Annual report on the working of the lock hospitals in the North-Western Provinces and Oudh
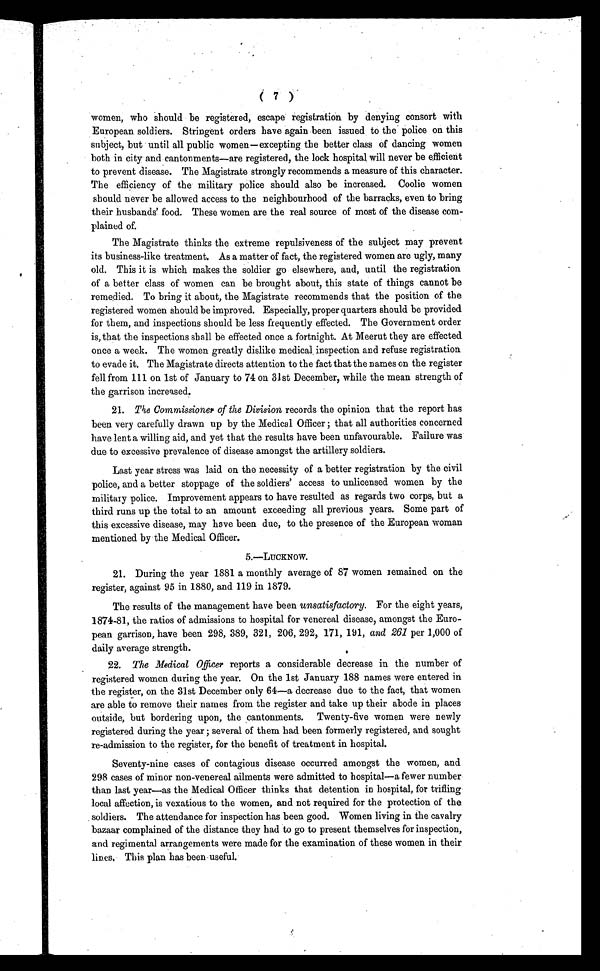
women, who should be registered, escape registration by denying consort with
E u r o p e a n s o l d i e r s . S t r i n g e n t o r d e r s h a v e a g a i n b e e n i s s u e d t o t h e p o l i c e o n t h i s
subject, but until all public women—excepting the better class of dancing women
both in city and cantonments—are registered, the lock hospital will never be efficient
to prevent disease. The Magistrate strongly recommends a measure of this character.
The efficiency of the military police should also be increased. Coolie women
should never be allowed access to the neighbourhood of the barracks, even to bring
their husbands' food. These women are the real source of most of the disease com-
plained of.
The Magistrate thinks the extreme repulsiveness of the subject may prevent
its business-like treatment. As a matter of fact, the registered women are ugly, many
old. This it is which makes the soldier go elsewhere, and, until the registration
of a better class of women can be brought about, this state of things cannot be
remedied. To bring it about, the Magistrate recommends that the position of the
registered women should be improved. Especially, proper quarters should be provided
for them, and inspections should be less frequently effected. The Government order
is, that the inspections shall be effected once a fortnight. At Meerut they are effected
once a week. The women greatly dislike medical inspection and refuse registration
to evade it. The Magistrate directs attention to the fact that the names on the register
fell from 111 on 1st of January to 74 on 31st December, while the mean strength of
the garrison increased.
21. T h e C o m m i s s i o n e r o f t h e D i v i s i o n r e c o r d s t h e o p i n i o n t h a t t h e r e p o r t h a s
been very carefully drawn up by the Medical Officer ; that all authorities concerned
have lent a willing aid, and yet that the results have been unfavourable. Failure was
due to excessive prevalence of disease amongst the artillery soldiers.
Last year stress was laid on the necessity of a better registration by the civil
police, and a better stoppage of the soldiers' access to unlicensed women by the
military police. Improvement appears to have resulted as regards two corps, but a
third runs up the total to an amount exceeding all previous years. Some part of
this excessive disease, may have been due, to the presence of the European woman
mentioned by the Medical Officer.
5.—LUCKNOW.
21. During the year 1881 a monthly average of 87 women remained on the
register, against 95 in 1880, and 119 in 1879.
The results of the management have been unsatisfactory. For the eight years,
1874-81, the ratios of admissions to hospital for venereal disease, amongst the Euro-
pean garrison, have been 298, 389, 321, 206, 292, 171, 191, and 261 per 1,000 of
daily average strength.
22. The Medical Officer reports a considerable decrease in the number of
registered women during the year. On the 1st January 188 names were entered in
the register, on the 31st December only 61—a decrease due to the fact, that women
are able to remove their names from the register and take up their abode in places
outside, but bordering upon, the cantonments. Twenty-five women were newly
registered during the year ; several of them had been formerly registered, and sought
re-admission to the register, for the benefit of treatment in hospital.
Seventy-nine cases of contagious disease occurred amongst the women, and
298 cases of minor non-venereal ailments were admitted to hospital—a fewer number
than last year—as the Medical Officer thinks that detention in hospital, for trifling
local affection, is vexatious to the women, and not required for the protection of the
soldiers. The attendance for inspection has been good. Women living in the cavalry
bazaar complained of the distance they had to go to present themselves for inspection,
and regimental arrangements were made for the examination of these women in their
lines. This plan has been useful.